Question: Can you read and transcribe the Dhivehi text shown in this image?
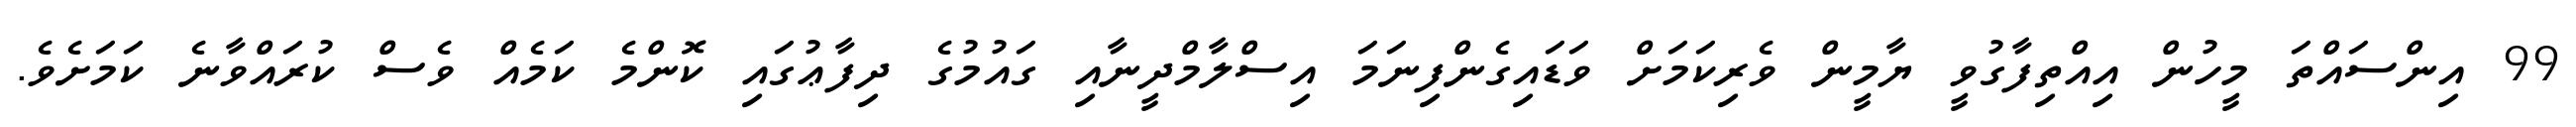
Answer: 99 އިންސައްތަ މީހުން އިއްތިފާގުވީ ޔާމީން ވެރިކަމަށް ވަޑައިގެންފިނަމަ އިސްލާމްދީނާއި ގައުމުގެ ދިފާޢުގައި ކޮންމެ ކަމެއް ވެސް ކުރައްވާނެ ކަމަށެވެ.